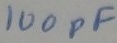
Text: 100pF